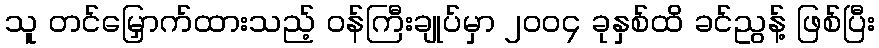
သူ တင်မြှောက်ထားသည့် ဝန်ကြီးချုပ်မှာ ၂၀၀၄ ခုနှစ်ထိ ခင်ညွန့် ဖြစ်ပြီး